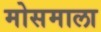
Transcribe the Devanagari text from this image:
मोसमाला